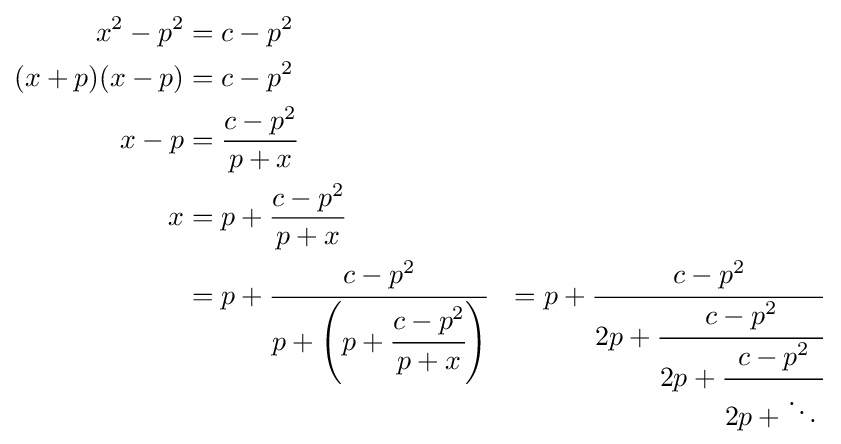
{\begin{aligned}x^{2}-p^{2}&=c-p^{2}\\(x+p)(x-p)&=c-p^{2}\\x-p&={\frac {c-p^{2}}{p+x}}\\x&=p+{\frac {c-p^{2}}{p+x}}\\&=p+{\cfrac {c-p^{2}}{p+\left(p+{\cfrac {c-p^{2}}{p+x}}\right)}}&=p+{\cfrac {c-p^{2}}{2p+{\cfrac {c-p^{2}}{2p+{\cfrac {c-p^{2}}{2p+\ddots \,}}}}}}\,\end{aligned}}